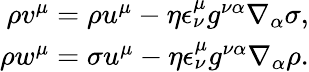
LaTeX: \begin{array}{r}{\rho v^{\mu}=\rho u^{\mu}-\eta\epsilon_{\nu}^{\mu}g^{\nu\alpha}\nabla_{\alpha}\sigma,}\\ {\rho w^{\mu}=\sigma u^{\mu}-\eta\epsilon_{\nu}^{\mu}g^{\nu\alpha}\nabla_{\alpha}\rho.}\end{array}